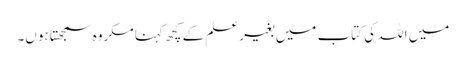
میں اللہ کی کتاب میں بغیر علم کے کچھ کہنا مکروہ سمجھتا ہوں۔